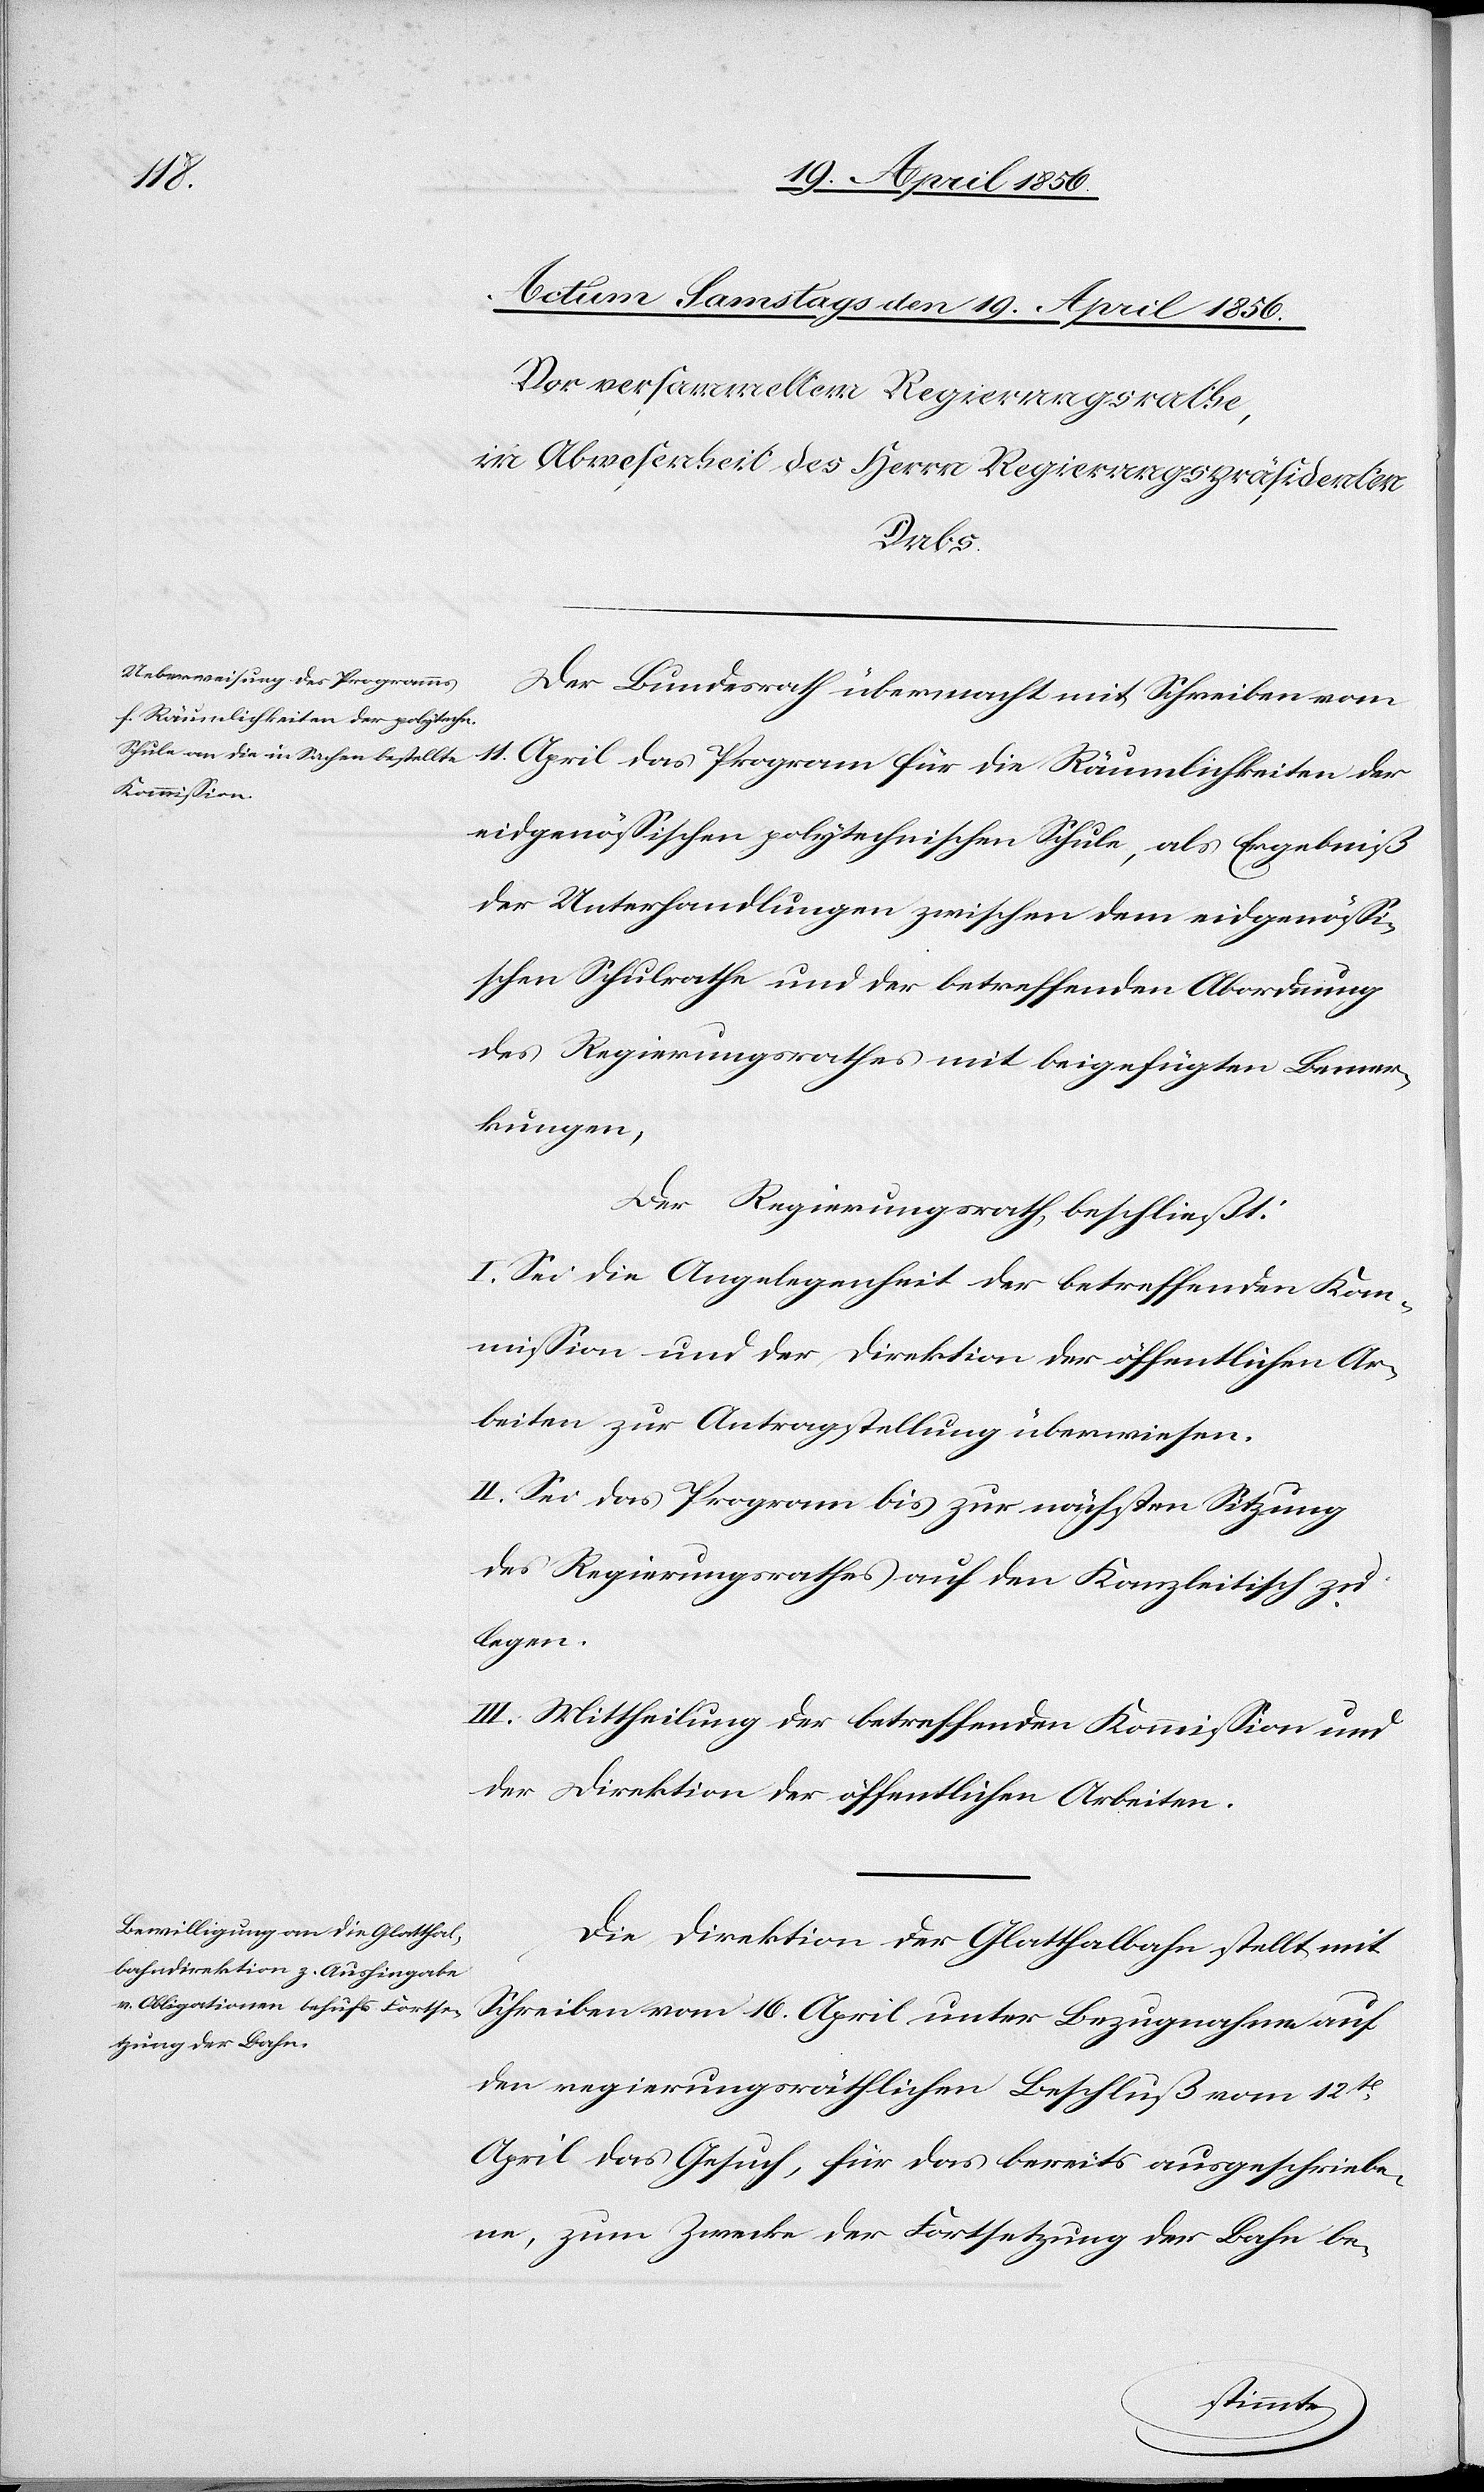
Der Bundesrath übermacht mit Schreiben vom
11. April das Program für die Räumlichkeiten der
eidgenössischen polytechnischen Schule, als Ergebniß
der Unterhandlungen zwischen dem eidgenössi¬
schen Schulrathe und der betreffenden Abordnung
des Regierungsrathes mit beigefügten Bemer¬
kungen,
der Regierungsrath, beschließt:
I. Sei die Angelegenheit der betreffenden Kom¬
mission und der Direktion der öffentlichen Ar¬
beiten zur Antragstellung überwiesen.
II. Sei das Program bis zur nächsten Sitzung
des Regierungsrathes auf den Kanzleitisch zu
legen.
III. Mittheilung der betreffenden Kommission und
der Direktion der öffentlichen Arbeiten.
Die Direktion der Glatthalbahn stellt mit
Schreiben vom 16. April unter Bezugnahme auf
den regierungsräthlichen Beschluß vom 12t
April das Gesuch, für das bereits ausgeschriebe¬
ne, zum Zwecke der Fortsetzung der Bahn be-